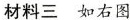
材料如右图